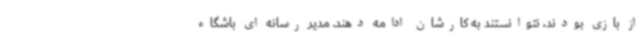
از بازی بودند، نتوانستند به کارشان ادامه دهند. مدیر رسانه ای باشگاه